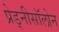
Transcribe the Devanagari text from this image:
प्रेड्नीसॉलोन